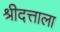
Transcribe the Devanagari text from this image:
श्रीदत्ताला